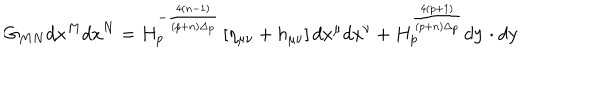
G _ { M N } d x ^ { M } d x ^ { N } = H _ { p } ^ { - { \frac { 4 ( n - 1 ) } { ( p + n ) \Delta _ { p } } } } \left[ \eta _ { \mu \nu } + h _ { \mu \nu } \right] d x ^ { \mu } d x ^ { \nu } + H _ { p } ^ { \frac { 4 ( p + 1 ) } { ( p + n ) \Delta _ { p } } } d { \bf y } \cdot d { \bf y }